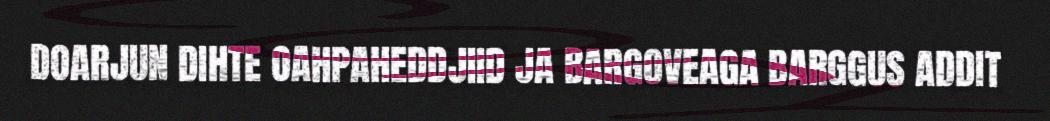
DOARJUN DIHTE OAHPAHEDDJIID JA BARGOVEAGA BARGGUS ADDIT